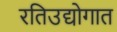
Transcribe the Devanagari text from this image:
रतिउद्योगात